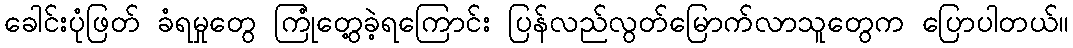
ခေါင်းပုံဖြတ် ခံရမှုတွေ ကြုံတွေ့ခဲ့ရကြောင်း ပြန်လည်လွတ်မြောက်လာသူတွေက ပြောပါတယ်။